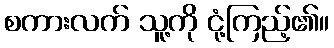
စကားလက် သူ့ကို ငုံ့ကြည့်၏။